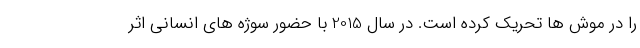
را در موش ها تحریک کرده است. در سال 2015 با حضور سوژه های انسانی اثر